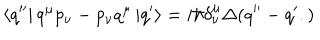
\left\langle q ^ { \prime \prime } \right| q ^ { \mu } p _ { \nu } - p _ { \nu } q ^ { \mu } \left| q ^ { \prime } \right\rangle = i \hbar \delta _ { \nu } ^ { \mu } \Delta ( q ^ { \prime \prime } - q ^ { \prime } . )